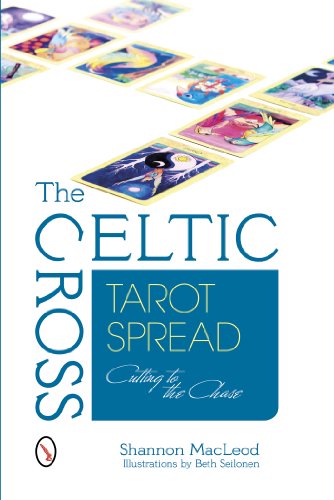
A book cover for The Celtic Cross Tarot Spread: Cutting to the Chase; Shannon MacLeod; Religion & Spirituality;